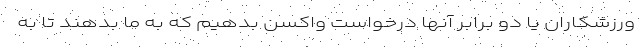
ورزشکاران یا دو برابر آنها درخواست واکسن بدهیم که به ما بدهند تا به